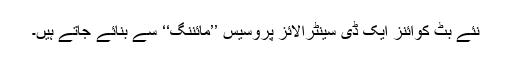
نئے بِٹ کوائنز ایک ڈی سینٹرالائز پروسیس ’’مائننگ‘‘ سے بنائے جاتے ہیں۔